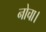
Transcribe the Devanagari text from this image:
नोचा।